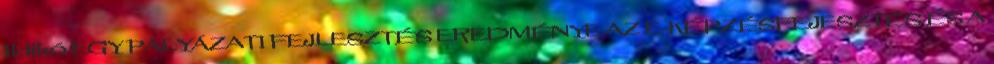
Ildikó EGY PÁLYÁZATI FEJLESZTÉS EREDMÉNYE AZ E-KÉPZÉSFEJESZTÉS ÉS A